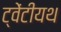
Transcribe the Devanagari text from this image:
ट्वेंटीयथ